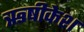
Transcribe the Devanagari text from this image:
ऋषीकेश